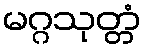
မဂ္ဂသုတ္တံ